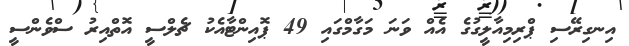
އިނގިރޭސި ޕްރިމިއާލީގުގެ އެއް ވަނަ މަގާމްގައި 49 ޕޮއިންޓާއެކު ޗެލްސީ އޮތްއިރު ސްވެންސީ